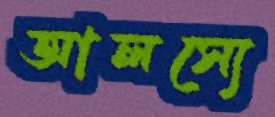
আলস্যে